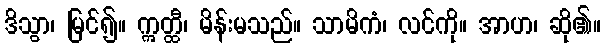
ဒိသွာ၊ မြင်၍။ ဣတ္ထီ၊ မိန်းမသည်။ သာမိကံ၊ လင်ကို။ အာဟ၊ ဆို၏။